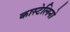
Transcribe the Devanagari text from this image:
कास्टेलिनो